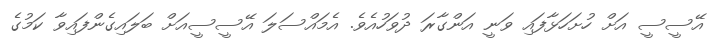
އޭސީސީ އަށް ހުށަހަޅާފައި ވަނީ އަންގާރަ ދުވަހުއެވެ. އެމައްސަލަ އޭސީސީއަށް ބަލައިގެންފައިވާ ކަމުގެ